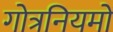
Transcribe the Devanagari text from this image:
गोत्रनियमों